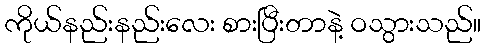
ကိုယ်နည်းနည်းလေး စားပြီးတာနဲ့ ဝသွားသည်။